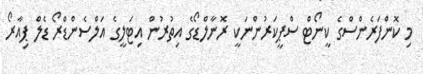
މި ކޮންފަރެންސްގެ ކީނޯޓް ސްޕީކަރުންނަކީ ރޮނާލްޑޯގެ އިތުރުން އިޓަލީގެ އަލްސެންޑްރޯ ޑެލް ޕިއާރޯ